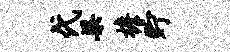
代渠檐贮